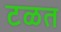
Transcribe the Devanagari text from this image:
टळत